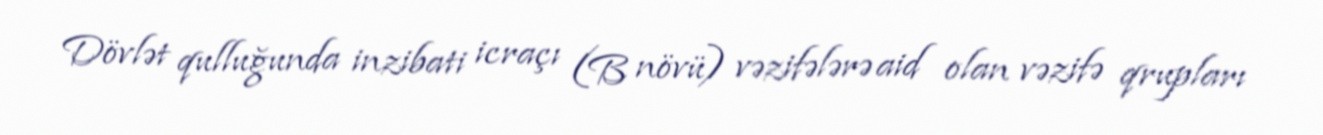
Dövlət qulluğunda inzibati icraçı (B növü) vəzifələrə aid olan vəzifə qrupları